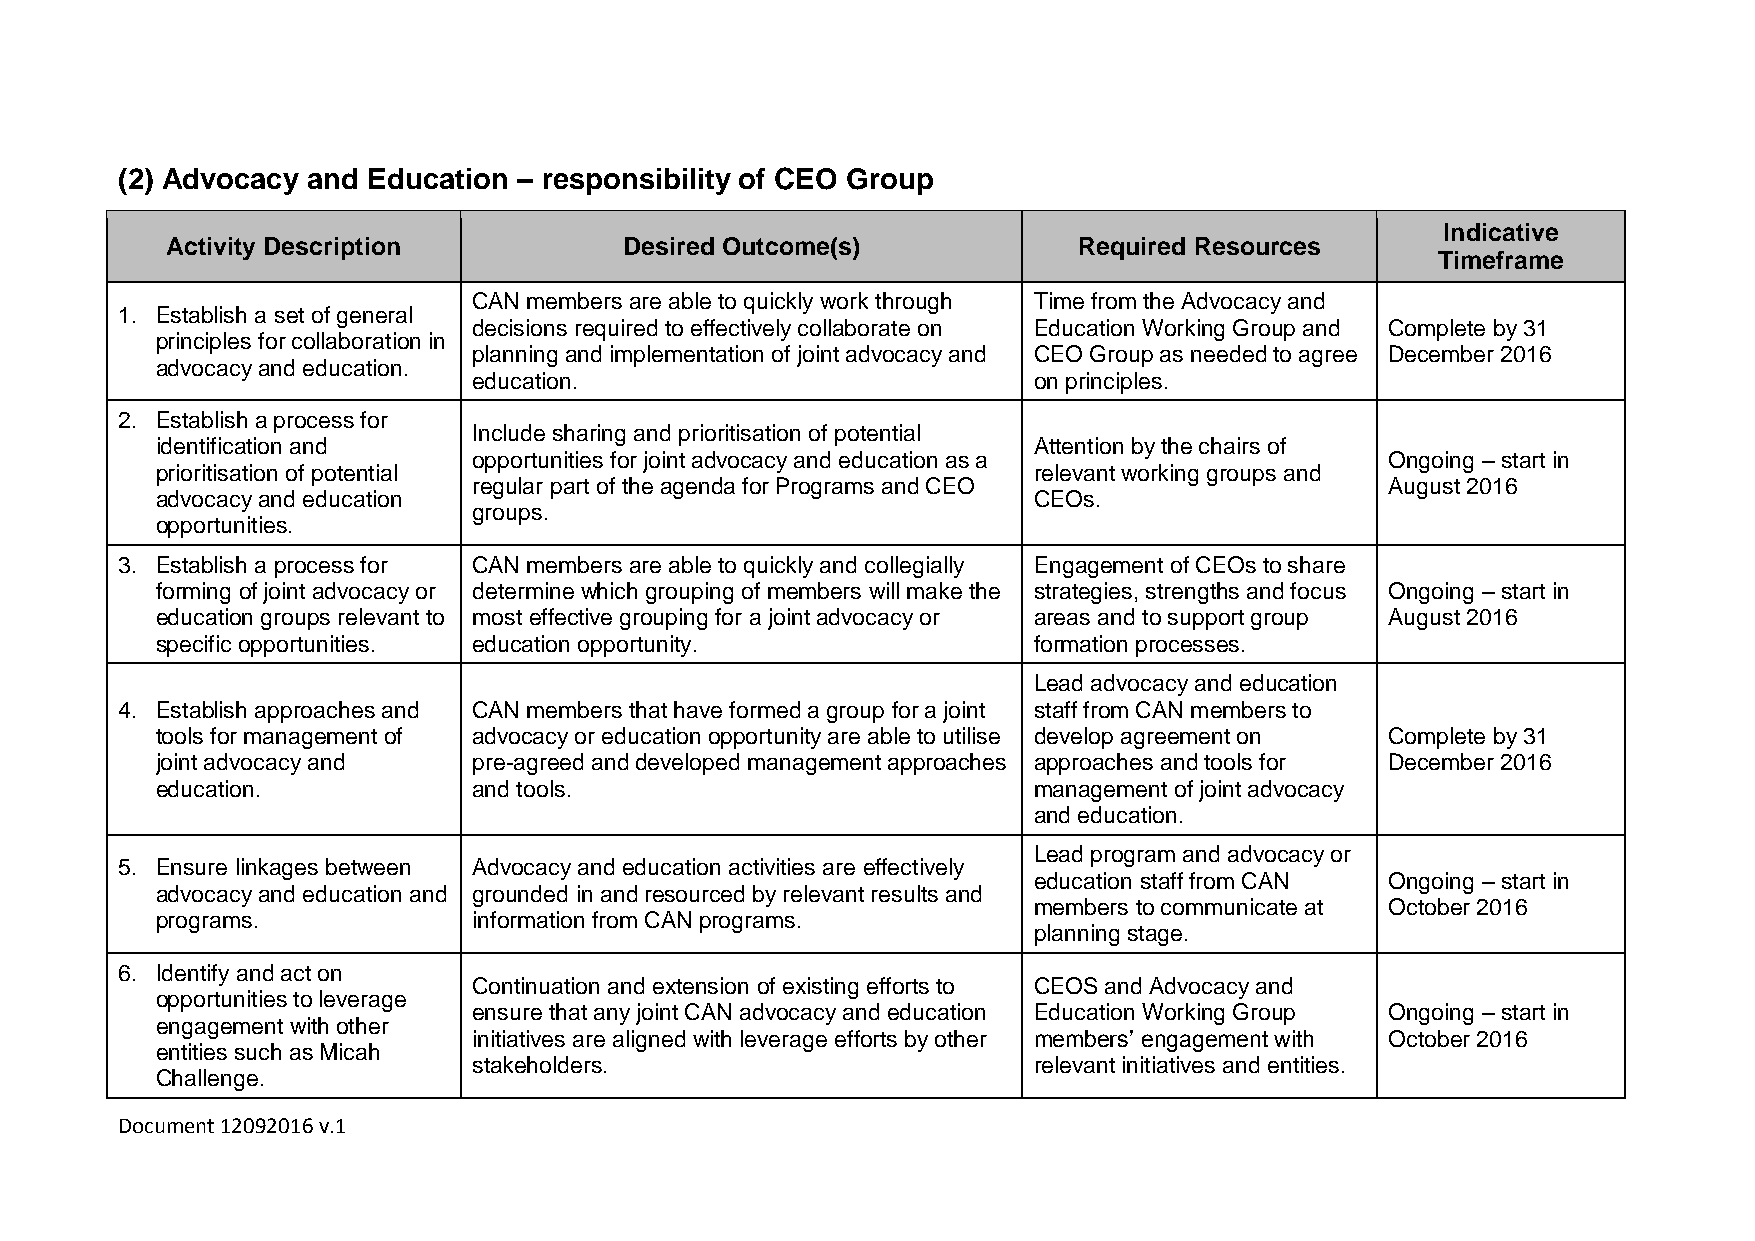
(2) Advocacy and Education – responsibility of CEO Group
 Indicative
 Activity Description          Desired Outcome(s)            Required Resources
 Timeframe
 CAN members are able to quickly work through Time from the Advocacy and
 1. Establish a set of general
 decisions required to effectively collaborate on Education Working Group and Complete by 31
 principles for collaboration in
 planning and implementation of joint advocacy and CEO Group as needed to agree December 2016
 advocacy and education.
 education.                           on principles.
 2. Establish a process for
 Include sharing and prioritisation of potential
 identification and                                        Attention by the chairs of
 opportunities for joint advocacy and education as a          Ongoing – start in
 prioritisation of potential                               relevant working groups and
 regular part of the agenda for Programs and CEO              August 2016
 advocacy and education                                    CEOs.
 groups.
 opportunities.
 3. Establish a process for CAN members are able to quickly and collegially Engagement of CEOs to share
 forming of joint advocacy or determine which grouping of members will make the strategies, strengths and focus Ongoing – start in
 education groups relevant to most effective grouping for a joint advocacy or areas and to support group August 2016
 specific opportunities. education opportunity.            formation processes.
 Lead advocacy and education
 4. Establish approaches and CAN members that have formed a group for a joint staff from CAN members to
 tools for management of advocacy or education opportunity are able to utilise develop agreement on Complete by 31
 joint advocacy and   pre-agreed and developed management approaches approaches and tools for December 2016
 education.           and tools.                           management of joint advocacy
 and education.
 Lead program and advocacy or
 5. Ensure linkages between Advocacy and education activities are effectively
 education staff from CAN Ongoing – start in
 advocacy and education and grounded in and resourced by relevant results and
 members to communicate at October 2016
 programs.            information from CAN programs.
 planning stage.
 6. Identify and act on
 Continuation and extension of existing efforts to CEOS and Advocacy and
 opportunities to leverage
 ensure that any joint CAN advocacy and education Education Working Group Ongoing – start in
 engagement with other
 initiatives are aligned with leverage efforts by other members’ engagement with October 2016
 entities such as Micah
 stakeholders.                        relevant initiatives and entities.
 Challenge.
 Document 12092016 v.1